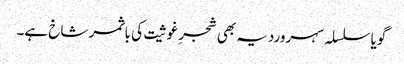
گویا سلسلہ سہروردیہ بھی شجرِ غوثیت کی باثمر شاخ ہے۔